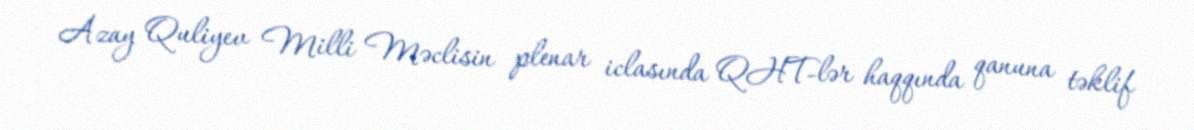
Azay Quliyev Milli Məclisin plenar iclasında QHT-lər haqqında qanuna təklif